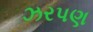
ઝરપણ